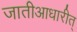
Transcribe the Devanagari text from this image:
जातीआधारीत्